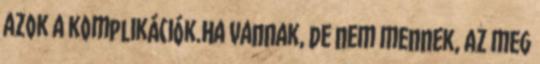
azok a komplikációk.Ha vannak, de nem mennek, az meg